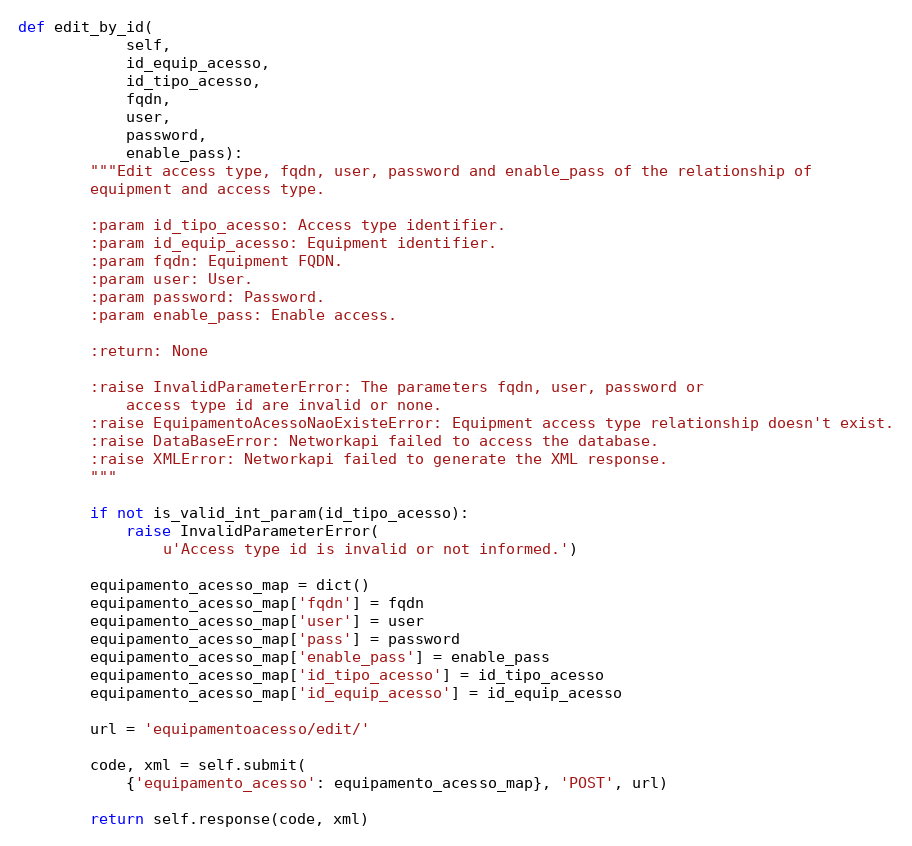
Language: Python
def edit_by_id(
            self,
            id_equip_acesso,
            id_tipo_acesso,
            fqdn,
            user,
            password,
            enable_pass):
        """Edit access type, fqdn, user, password and enable_pass of the relationship of
        equipment and access type.

        :param id_tipo_acesso: Access type identifier.
        :param id_equip_acesso: Equipment identifier.
        :param fqdn: Equipment FQDN.
        :param user: User.
        :param password: Password.
        :param enable_pass: Enable access.

        :return: None

        :raise InvalidParameterError: The parameters fqdn, user, password or
            access type id are invalid or none.
        :raise EquipamentoAcessoNaoExisteError: Equipment access type relationship doesn't exist.
        :raise DataBaseError: Networkapi failed to access the database.
        :raise XMLError: Networkapi failed to generate the XML response.
        """

        if not is_valid_int_param(id_tipo_acesso):
            raise InvalidParameterError(
                u'Access type id is invalid or not informed.')

        equipamento_acesso_map = dict()
        equipamento_acesso_map['fqdn'] = fqdn
        equipamento_acesso_map['user'] = user
        equipamento_acesso_map['pass'] = password
        equipamento_acesso_map['enable_pass'] = enable_pass
        equipamento_acesso_map['id_tipo_acesso'] = id_tipo_acesso
        equipamento_acesso_map['id_equip_acesso'] = id_equip_acesso

        url = 'equipamentoacesso/edit/'

        code, xml = self.submit(
            {'equipamento_acesso': equipamento_acesso_map}, 'POST', url)

        return self.response(code, xml)